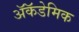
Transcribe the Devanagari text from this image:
ॲकॅडेमिक